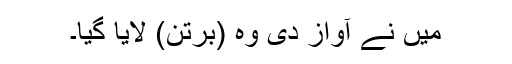
میں نے آواز دی وہ (برتن) لایا گیا۔